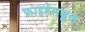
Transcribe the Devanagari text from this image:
फ्राइहेंसब्रुक